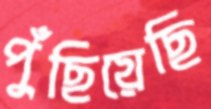
পুঁছিয়েছি